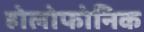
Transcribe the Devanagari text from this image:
होलोफोनिक